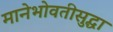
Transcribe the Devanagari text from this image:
मानेभोवतीसुद्धा